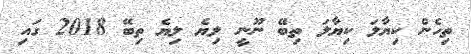
ތިހެން ކިޔާލަ ކިޔާލަ ތިބޭ ނޫނީ ލިޔެ ލިޔެ ތިބޭ 2018 ގައި